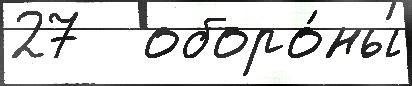
27   оборо́ны